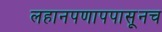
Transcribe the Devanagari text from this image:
लहानपणापपासूनच